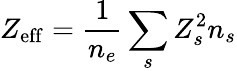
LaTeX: Z_{\mathrm{eff}}=\frac{1}{n_{e}}\sum_{s}Z_{s}^{2}n_{s}